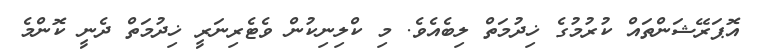
އޮޕަރޭޝަންތައް ކުރުމުގެ ޚިދުމަތް ލިބެއެވެ. މި ކްލިނިކުން ވެޓެރިނަރީ ޚިދުމަތް ދެނީ ކޮންމެ